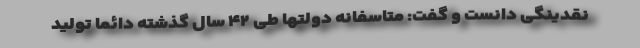
نقدینگی دانست و گفت: متاسفانه دولتها طی ۴۲ سال گذشته دائما تولید